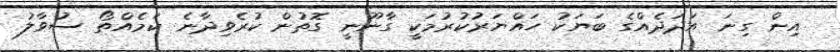
އިން ގިނަ އަދަދެއްގެ ބަޔަކު ހައްޔަރުކުރުމަކީ ގާނޫނީ ގޮތުން ކުރެވިދާނެ ކަމެއްތޯ ސުވާލު